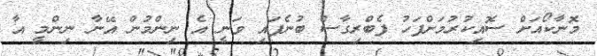
މޮނާކޯއަށް ސޮއިކުރުމަށްފަހު ފެބްރިގާސް ބުނެފައި ވަނީ އެ ނިންމުން އޭނާ ނިންމީ އާ